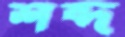
শব্দ